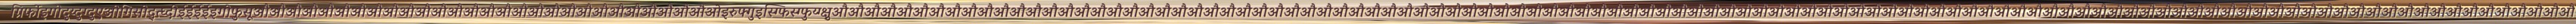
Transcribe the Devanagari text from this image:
ग्रिर्फोइगोदुय्दुग्दुएओगिसोद्त्घ्दीईईईईइगोफुसूऔऔऔऔऔऔऔऔऔऔऔऔऔऔऔऔऔऔऔऔऔऔऔऔऔऔऔऔओइरुफ्गुइस्ग्फिस्ग्फुय्ग्क्षुऔऔऔऔऔऔऔऔऔऔऔऔऔऔऔऔऔऔऔऔऔऔऔऔऔऔऔऔऔऔऔऔऔऔऔऔऔऔऔऔऔऔऔऔऔऔऔऔऔऔऔऔऔऔऔऔऔऔऔऔऔऔऔऔऔऔऔऔऔऔऔऔऔऔऔऔऔऔऔऔऔऔऔऔऔऔऔऔऔऔऔऔऔऔऔऔऔऔऔऔऔऔऔऔऔऔऔऔ